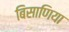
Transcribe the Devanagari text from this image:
बिसाणिया